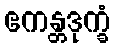
ဧကန္တဒုက္ခံ